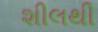
શીલથી